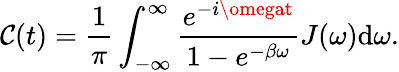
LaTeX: \mathcal{C}(t)=\frac{{1}}{{\pi}}\int_{-\infty}^{\infty}\frac{{e^{-i\omegat}}}{{1-e^{-\beta\omega}}}J(\omega)\mathrm{{d}}\omega.